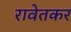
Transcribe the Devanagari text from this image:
रावेतकर